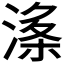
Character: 𱧘